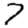
Digit: 7